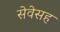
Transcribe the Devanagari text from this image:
सेवेसह